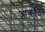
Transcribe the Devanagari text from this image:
आर्कोट